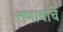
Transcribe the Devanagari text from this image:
तणावांचे